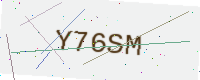
Text: Y76SM